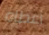
أعطاه